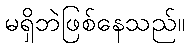
မရှိဘဲဖြစ်နေသည်။